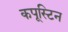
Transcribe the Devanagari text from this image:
कपूस्टिन